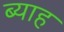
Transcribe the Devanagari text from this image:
ब्‍याह